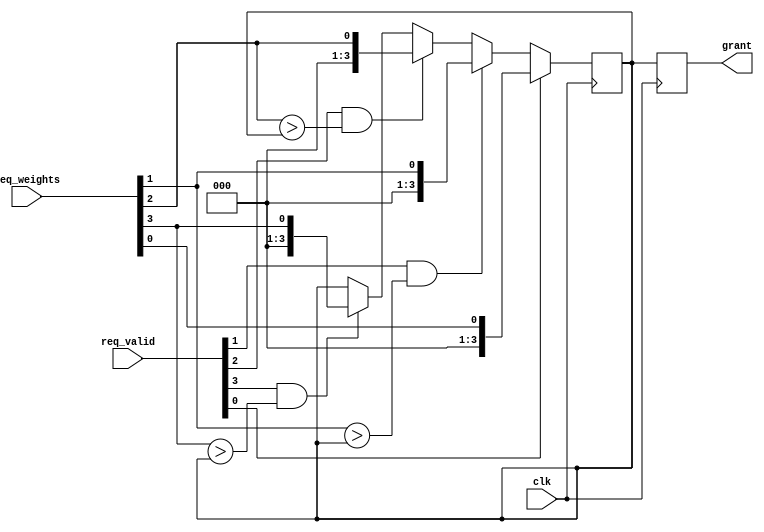
module weighted_arbiter (
    input wire clk,
    input wire [3:0] req_weights,
    input wire [3:0] req_valid,
    output reg [3:0] grant
);

reg [3:0] temp_grant;

always @(posedge clk) begin
    // Assign weights to requests
    if (req_valid[0]) temp_grant <= req_weights[0];
    else if (req_valid[1] && req_weights[1] > temp_grant) temp_grant <= req_weights[1];
    else if (req_valid[2] && req_weights[2] > temp_grant) temp_grant <= req_weights[2];
    else if (req_valid[3] && req_weights[3] > temp_grant) temp_grant <= req_weights[3];
end

always @(posedge clk) begin
    // Synchronize grant to system clock
    grant <= temp_grant;
end

endmodule